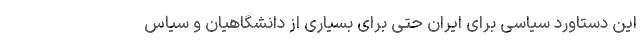
این دستاورد سیاسی برای ایران حتی برای بسیاری از دانشگاهیان و سیاس